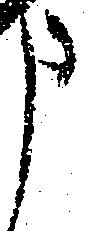
申